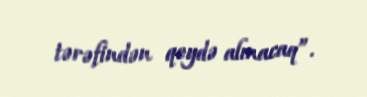
tərəfindən qeydə alınacaq”.